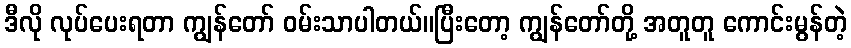
ဒီလို လုပ်ပေးရတာ ကျွန်တော် ဝမ်းသာပါတယ်။ပြီးတော့ ကျွန်တော်တို့ အတူတူ ကောင်းမွန်တဲ့